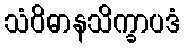
သံဝိဓာနသိက္ခာပဒံ